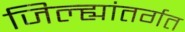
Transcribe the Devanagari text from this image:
जिल्ह्यांतर्गत